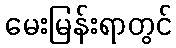
မေးမြန်းရာတွင်